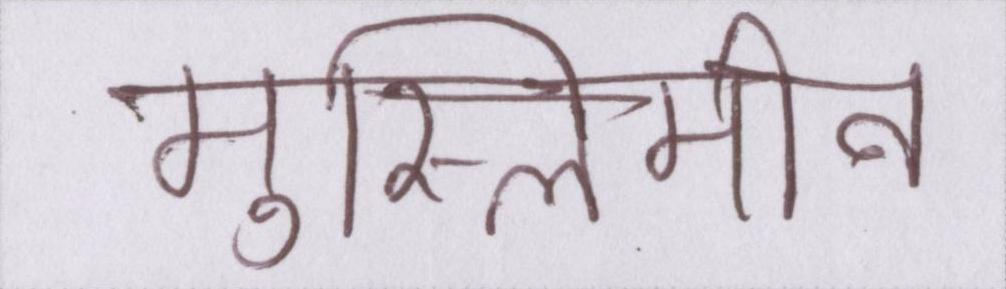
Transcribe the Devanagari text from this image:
मुस्लिमीन